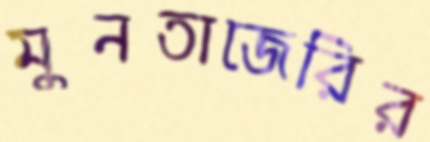
মুনতাজেরির